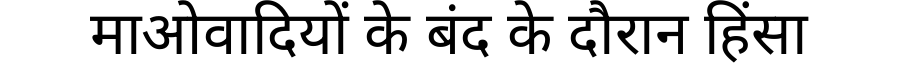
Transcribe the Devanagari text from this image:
माओवादियों के बंद के दौरान हिंसा